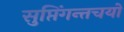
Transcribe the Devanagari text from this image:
सुप्तिंगन्तचयो